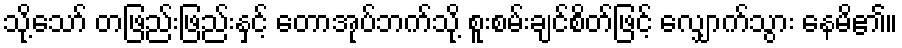
သို့သော် တဖြည်းဖြည်းနှင့် တောအုပ်ဘက်သို့ စူးစမ်းချင်စိတ်ဖြင့် လျှောက်သွား နေမိ၏။